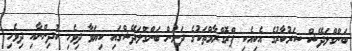
ބަންގްލަދޭޝް ސަރުކާރުގެ އެކިއެކި ޕްރޮގްރާމްތަކުގެ ދަށުން ބަންގްލަދޭޝްގައި ކިޔަވާ ދިވެހި ކުދިންނާއި ދިވެހި